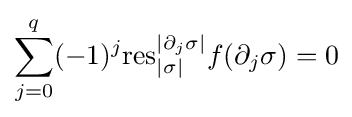
\sum _{j=0}^{q}(-1)^{j}\mathrm {res} _{|\sigma |}^{|\partial _{j}\sigma |}f(\partial _{j}\sigma )=0